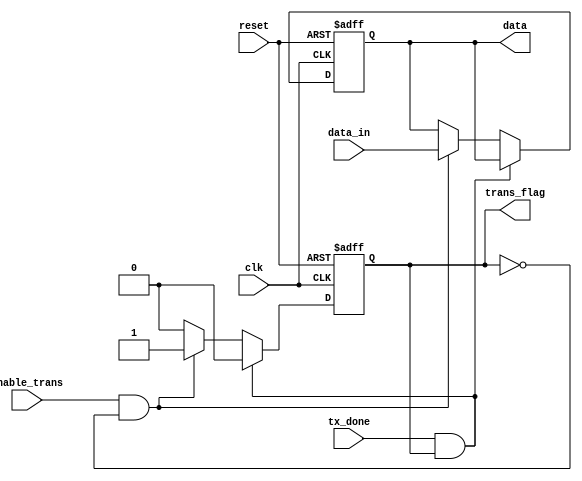
module interface_transmitter (
input wire clk, reset , 
input wire [7:0]data_in, 
input wire enable_trans, // enable transmition sets the flag till transmition ends the flag is cleared by the fsm signal 
input wire tx_done ,

output reg trans_flag,
output reg [7:0] data
);

always @(posedge clk , posedge reset )
begin 

if (reset)
	begin 
	trans_flag <=0 ;
	data<=0;
	end 
else 	
	 
	begin 
	
	if ((tx_done) && (trans_flag == 1'b1 ))
		begin 
		trans_flag <=0 ;
		end 
	else if ( (enable_trans) && (trans_flag == 1'b0 ))
		begin 
		trans_flag <=1 ;
		data <= data_in ;
		end 
	else trans_flag <= 0;
	
	end  



end 


endmodule